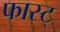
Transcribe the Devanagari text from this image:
फास्ट्